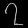
Digit: ၇